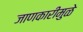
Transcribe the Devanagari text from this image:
जाणकारीमुळे